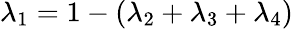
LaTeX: \lambda_{1}=1-(\lambda_{2}+\lambda_{3}+\lambda_{4})